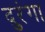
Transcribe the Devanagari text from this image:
दुरंगा